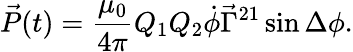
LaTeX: \vec{P}(t)=\frac{\mu_{0}}{4\pi}Q_{1}Q_{2}\dot{\phi}\vec{\Gamma}^{21}\sin\Delta\phi.